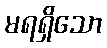
မရရှိသော